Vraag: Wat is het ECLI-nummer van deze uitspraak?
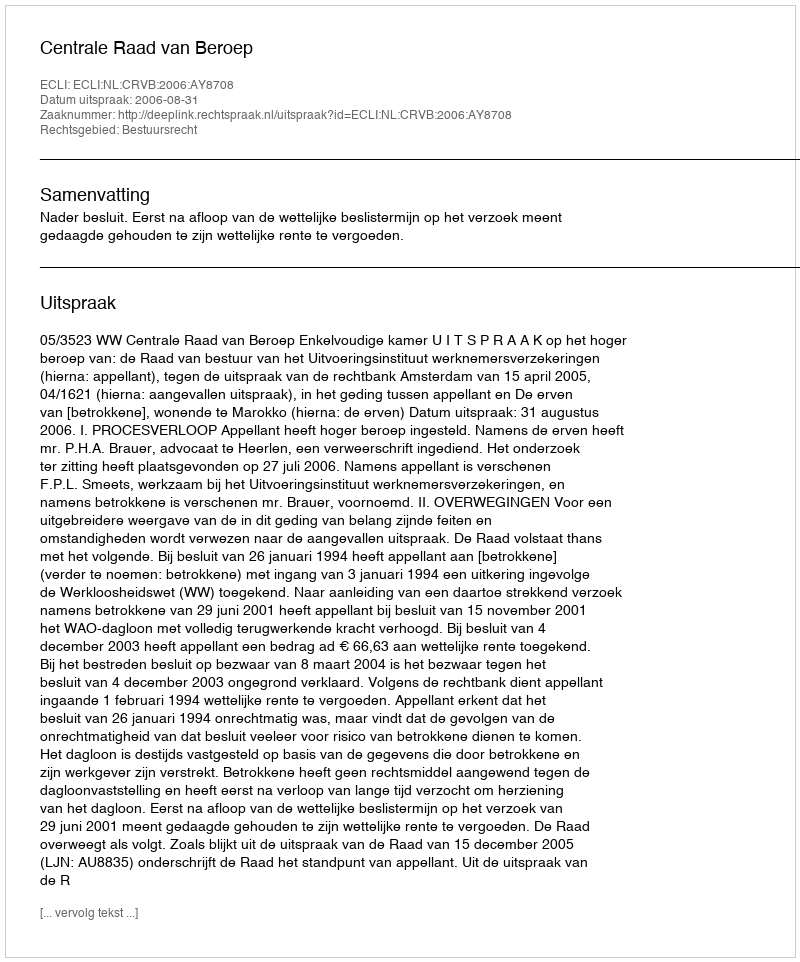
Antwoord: ECLI:NL:CRVB:2006:AY8708